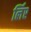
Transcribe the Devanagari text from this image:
र्लिए